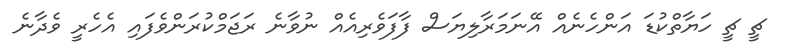
ޗީ ޗީ ހަޔާތްކުޑަ އަންހެނެއް އޭނަމަރާލިޔަސް ފާފަވެރިއެއް ނުވާނެ ރަޖަމްކުރަންވެފައި އެހެރީ ވެދާނެ